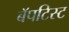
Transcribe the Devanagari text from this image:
बॅपटिस्ट